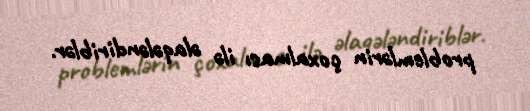
problemlərin çoxalması ilə əlaqələndiriblər.